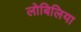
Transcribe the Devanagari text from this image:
लोबिलिया